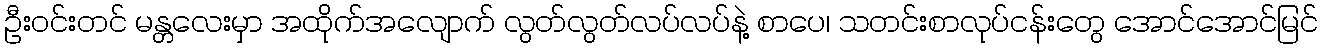
ဦးဝင်းတင် မန္တလေးမှာ အထိုက်အလျောက် လွတ်လွတ်လပ်လပ်နဲ့ စာပေ၊ သတင်းစာလုပ်ငန်းတွေ အောင်အောင်မြင်